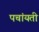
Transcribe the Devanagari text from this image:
पचांयती